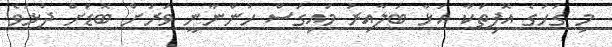
މި ގަހުގެ އޮފިތަކާ އަޅާ ބަލާއިރު މައިގަސް ހުންނާނީ ވަރަށް ބޮޑަށް ދުޅަވެ